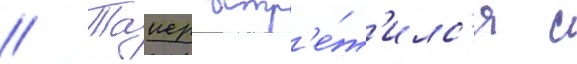
// Таиер встр'е́т'илс'я с